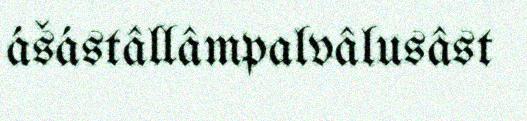
ášástâllâmpalvâlusâst